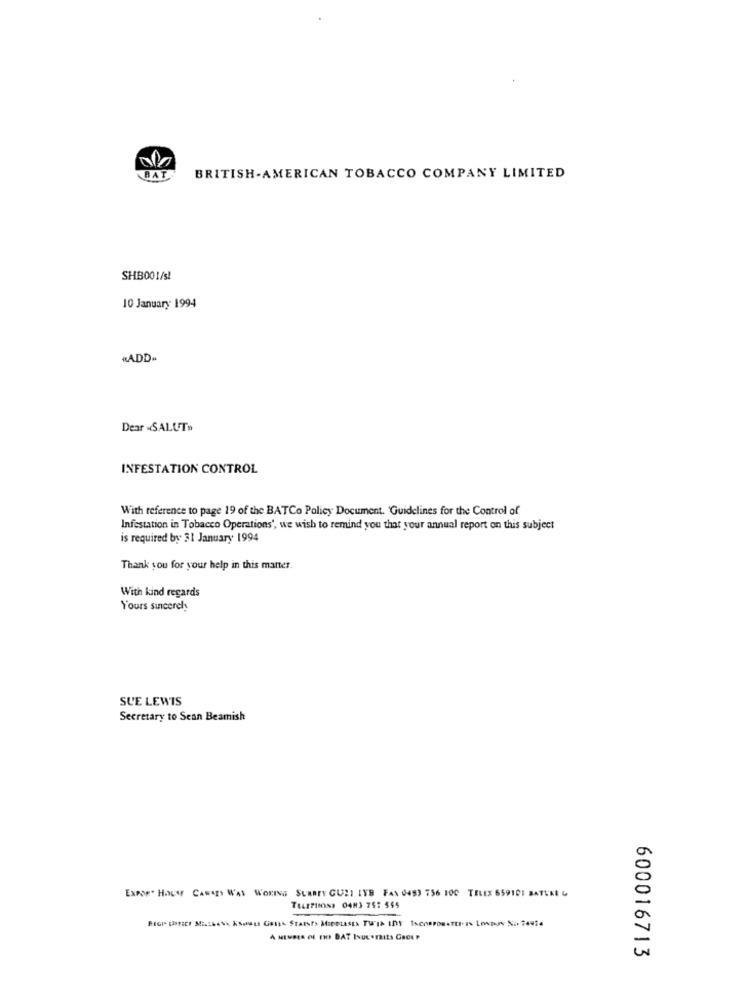
BAT
BRITISH - AMERICAN TOBACCO COMPANY LIMITED
SHB001/s!
10 January 1994
«ADD-
Dear «SALUT»
INFESTATION CONTROL
With reference to page 19 of the BATCo Policy Document. 'Guidelines for the Control of
Infestation in Tobacco Operations', we wish to remind you that your annual report on this subject
is required by 31 January 1994
Thank you for your help in this matter.
With kind regards
Yours sincerely
SUE LEWIS
Secretary to Sean Beamish
ExpoR. HOUW CAWSZY WAS WOKING SURREY GULI IVB FAN 0453 756 100 TELEX 659101 SATURE &
TurFIIONS 0483 75: 555
600016713